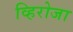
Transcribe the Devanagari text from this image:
व्हिरोजा